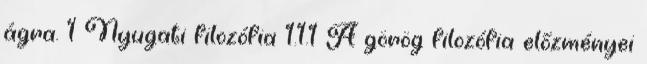
ágra. 1 Nyugati filozófia 1.1.1 A görög filozófia előzményei